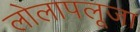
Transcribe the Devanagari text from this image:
लोलापलूजा